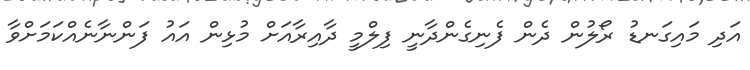
އަދި މައިގަނޑު ރޯލުން ދެން ފެނިގެންދާނީ ފިލްމީ ދާއިރާއަށް މުޅިން އައު ފަންނާނެއްކަމަށްވާ